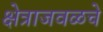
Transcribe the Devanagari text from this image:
क्षेत्राजवळचे